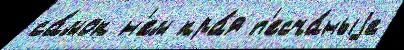
са́мок н'ем кра́я п'есча́ныjе